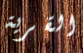
القرية